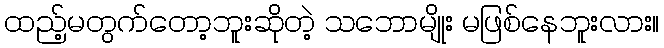
ထည့်မတွက်တော့ဘူးဆိုတဲ့ သဘောမျိုး မဖြစ်နေဘူးလား။